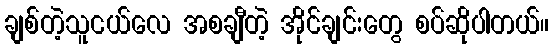
ချစ်တဲ့သူငယ်လေ အစချီတဲ့ အိုင်ချင်းတွေ စပ်ဆိုပါတယ်။